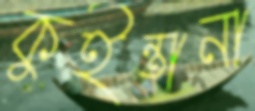
কুইন্তানা